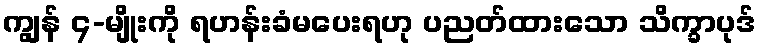
ကျွန် ၄-မျိုးကို ရဟန်းခံမပေးရဟု ပညတ်ထားသော သိက္ခာပုဒ်